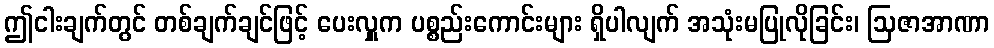
ဤငါးချက်တွင် တစ်ချက်ချင်ဖြင့် ပေးလှူက ပစ္စည်းကောင်းများ ရှိပါလျက် အသုံးမပြုလိုခြင်း၊ ဩဇာအာဏာ